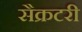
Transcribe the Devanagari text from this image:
सैक्रटरी